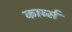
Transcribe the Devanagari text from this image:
कार्ब्स